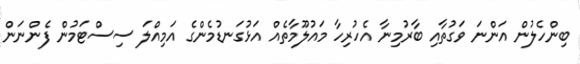
ބިންހެލުން އަންނަ ވަގުތާއި ބާރުމިނާ އެހުރިހާ މައުލޫމާތެއް އަޅުގަނޑުމެންގެ އަމިއްލަ ސިސްޓަމުން ފެންނަން